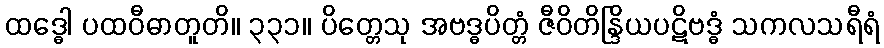
ထဒ္ဓေါ ပထဝီဓာတူတိ။ ၃၃၁။ ပိတ္တေသု အဗဒ္ဓပိတ္တံ ဇီဝိတိန္ဒြိယပဋိဗဒ္ဓံ သကလသရီရံ